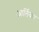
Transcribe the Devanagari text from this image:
आर्लिबार